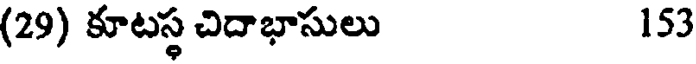
(29) కూటస్థ చిదాభాసులు 153